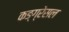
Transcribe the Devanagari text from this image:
कङ्ग्रेसल